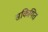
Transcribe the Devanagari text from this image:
सकियित